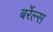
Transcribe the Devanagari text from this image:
बर्रेल्स